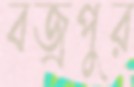
বজ্রপুর